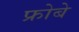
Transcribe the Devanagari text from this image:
फ्रोबे